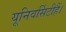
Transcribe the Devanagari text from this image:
यूनिवर्सिटीहैं।